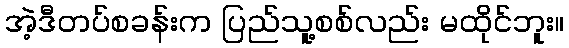
အဲ့ဒီတပ်စခန်းက ပြည်သူ့စစ်လည်း မထိုင်ဘူး။